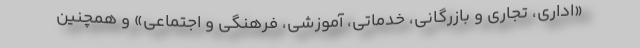
«اداری، تجاری و بازرگانی، خدماتی، آموزشی، فرهنگی و اجتماعی» و همچنین